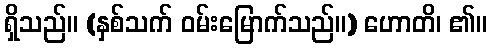
ရှိသည်။ (နှစ်သက် ဝမ်းမြောက်သည်။) ဟောတိ၊ ၏။